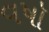
વષૉ